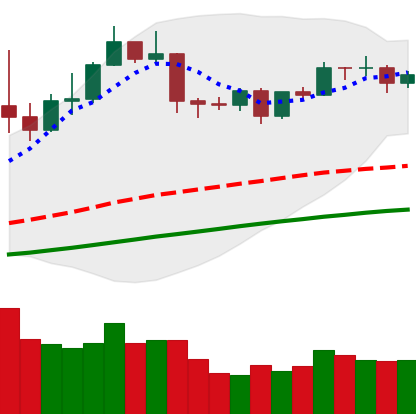
Ticker: ETH-USD
Chart end date: 2019-04-22
Forward return: -7.819%
Label: down_7plus